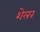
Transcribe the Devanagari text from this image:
शेलर